Lunatic asylums Central Provinces reports 1910-1926 - 1910-1926
Year: 1910
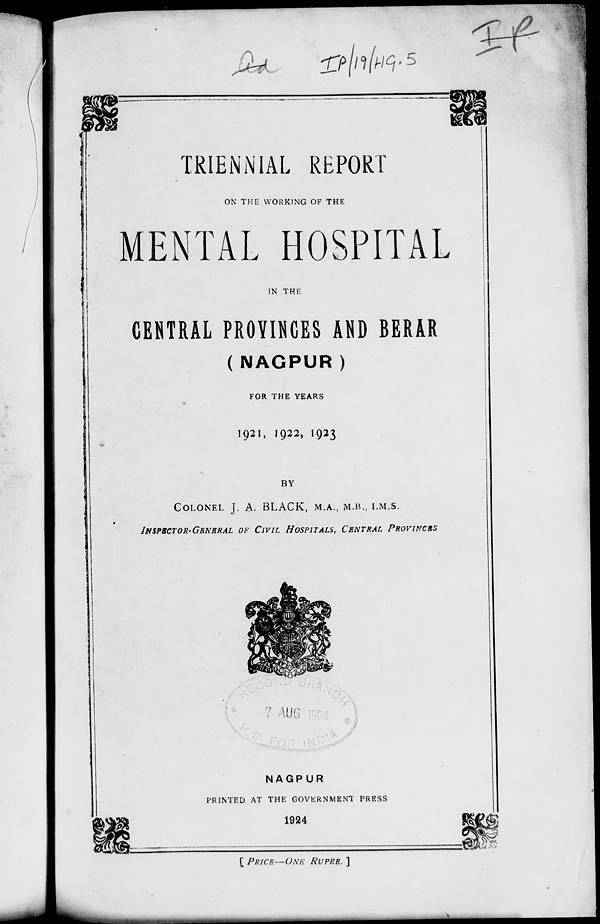
TRIENNIAL REPORT
ON THE WORKING OF THE
MENTAL HOSPITAL
IN THE
CENTRAL PROVINCES AND BERAR
(NAGPUR)
FOR THE YEARS
1921, 1922, 1923
BY
COLONEL J. A. BLACK, M.A., M.B., I.M.S.
INSPECTOR-GENERAL OF CIVIL HOSPITALS, CENTRAL PROVINCES
7 AUG
NAGPUR
PRINTED AT THE GOVERNMENT PRESS
1924
[ PRICE—ONE RUPEE. ]